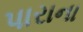
પારાના